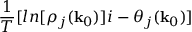
\frac { 1 } { T } [ l n [ \rho _ { j } ( { \bf k } _ { 0 } ) ] i - \theta _ { j } ( { \bf k } _ { 0 } ) ]